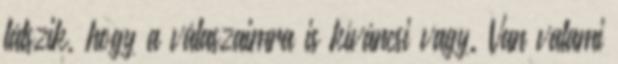
látszik, hogy a válaszaimra is kíváncsi vagy. Van valami